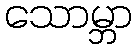
သောမ္ဘာ